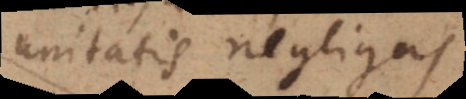
unitatis negligas